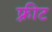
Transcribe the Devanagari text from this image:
फ़्रीट